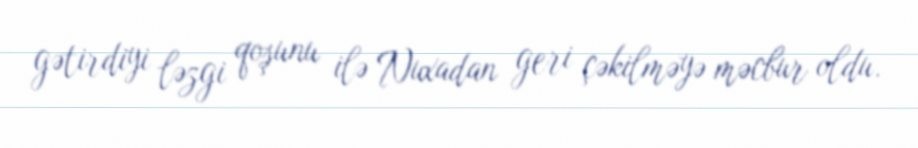
gətirdiyi ləzgi qoşunu ilə Nuxadan geri çəkilməyə məcbur oldu.